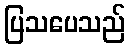
ပြသပေသည်